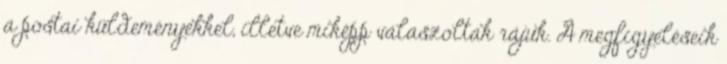
a postai küldeményekkel, illetve miképp válaszoltak rájuk. A megfigyeléseik